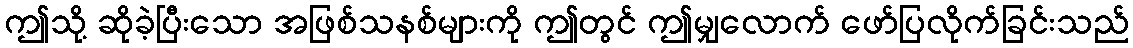
ဤသို့ ဆိုခဲ့ပြီးသော အဖြစ်သနစ်များကို ဤတွင် ဤမျှလောက် ဖော်ပြလိုက်ခြင်းသည်